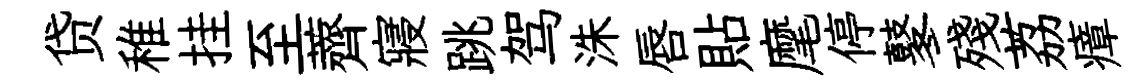
贷稚挂至薺寢跳驾洙唇貼麾停鼕殘荔瘴